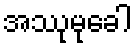
အဿုမုခေါ